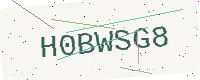
Text: H0BWSG8